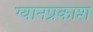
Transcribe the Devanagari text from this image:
ग्यानप्रकाश